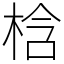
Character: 梒